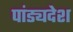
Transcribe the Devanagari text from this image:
पांड्यदेश